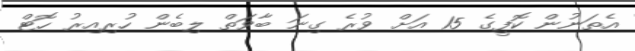
އެތަނުން ކޮފީގެ 15 އަށް ވުރެ ގިނަ ބާވަތް ލިބެން ހުރިއިރު ހޮޓް